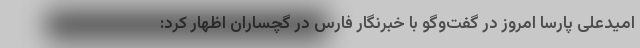
امیدعلی پارسا امروز در گفت‌وگو با خبرنگار فارس در گچساران اظهار کرد: